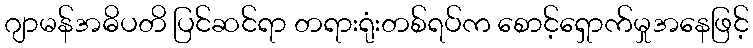
ဂျာမန်အဓိပတိ ပြင်ဆင်ရာ တရားရုံးတစ်ရပ်က စောင့်ရှောက်မှုအနေဖြင့်